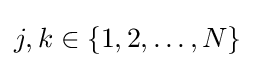
j,k\in \{1,2,\dots ,N\}